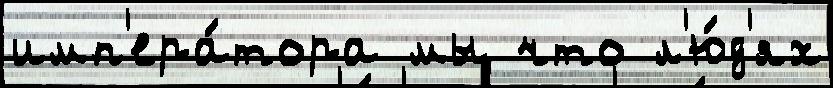
имп'ера́тора мы что л'ю́д'ях